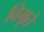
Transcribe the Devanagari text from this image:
विभूते